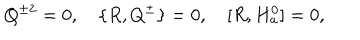
Q ^ { \pm 2 } = 0 , \quad \{ R , Q ^ { \pm } \} = 0 , \quad [ R , H _ { a } ^ { 0 } ] = 0 ,